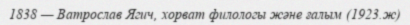
1838 — Ватрослав Ягич, хорват филологы және ғалым (1923.ж)